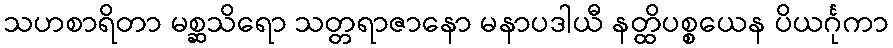
သဟစာရိတာ မစ္ဆသိရော သတ္တရာဇာနော မနာပဒါယီ နတ္ထိပစ္စယေန ပိယင်္ဂုကာ